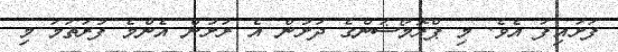
ފަށައިފަ އެވެ. މި ޕްރޮމޯޝަންގެ ދަށުން އެ ރަށުން އެންމެ ފުރަތަމަ މި